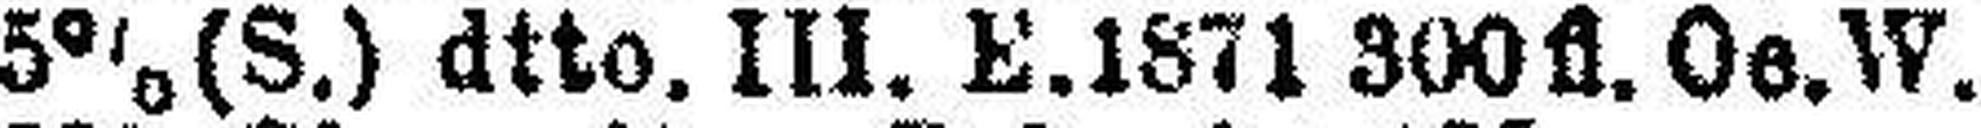
5% (S.) dtto. III. E.1871 300 fl. Oe.W.